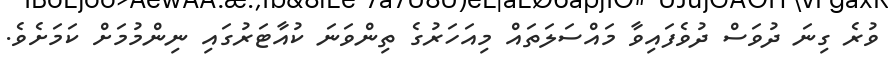
ވުރެ ގިނަ ދުވަސް ދުވެފައިވާ މައްސަލަތައް މިއަހަރުގެ ތިންވަަނަ ކުއާޓަރުގައި ނިންމުމަށް ކަމަށެވެ.